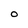
Character: O